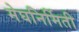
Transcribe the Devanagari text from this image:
मेघनिर्मिती